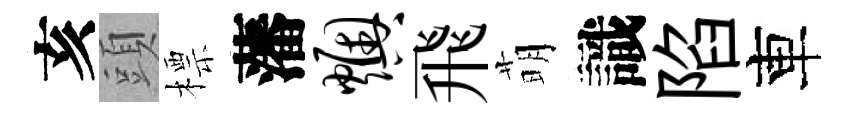
亥頭標藩燠飛萌識陷車